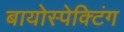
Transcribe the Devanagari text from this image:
बायोस्पेक्‍टिंग